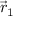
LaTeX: { \vec { r } } _ { 1 }